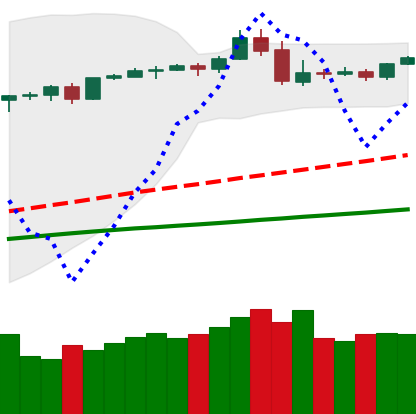
Ticker: BTC-USD
Chart end date: 2019-05-01
Forward return: 6.369%
Label: up_5_7